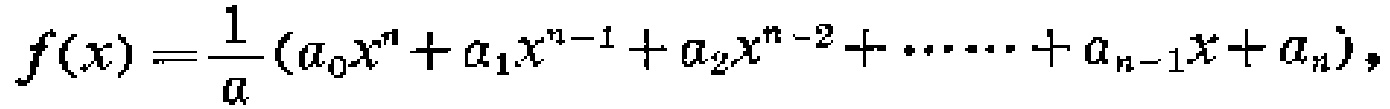
\[
f(x)=\frac{1}{a}(a_{0}x^{n}+a_{1}x^{n - 1}+a_{2}x^{n - 2}+\cdots\cdots+a_{n - 1}x + a_{n}),
\]